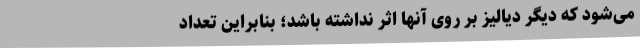
می‌شود که دیگر دیالیز بر روی آنها اثر نداشته باشد؛ بنابراین تعداد